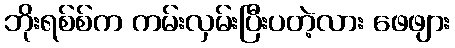
ဘိုးရစ်စ်က ကမ်းလှမ်းပြီးပတဲ့လား ဖေဖျား